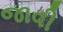
જાવી